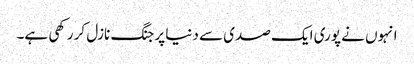
انہوں نے پوری ایک صدی سے دنیا پر جنگ نازل کر رکھی ہے۔